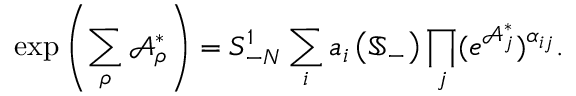
\exp \left( \sum _ { \rho } \mathcal { A } _ { \rho } ^ { \ast } \right) = S _ { - N } ^ { 1 } \sum _ { i } a _ { i } \left( \mathbb { S } _ { - } \right) \prod _ { j } ( e ^ { \mathcal { A } _ { j } ^ { \ast } } ) ^ { \alpha _ { i j } } .